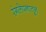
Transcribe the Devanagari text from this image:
रंगलेपनातून